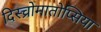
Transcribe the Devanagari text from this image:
दिस्च्रोमातोप्सिया